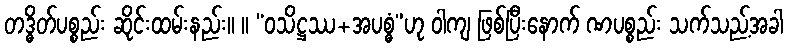
တဒ္ဓိတ်ပစ္စည်း ဆိုင်းထမ်းနည်း။ ။ “ဝသိဋ္ဌဿ+အပစ္ဓံ”ဟု ဝါကျ ဖြစ်ပြီးနောက် ဏပစ္စည်း သက်သည့်အခါ